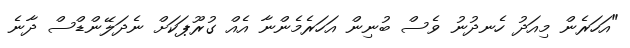
"އަހަރެން މިއަދު ހެނދުނު ވެސް ބުނިން އަހަރެމެންނާ އެއް ގުރޫޕަކަށް ނެދަލޭންޑްސް ދާނެ